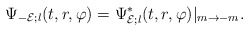
\begin{align*}\Psi_{-{\cal E};l}(t,r,\varphi)=\Psi_{{\cal E};l}^*(t,r,\varphi)|_{m\rightarrow -m}.\end{align*}